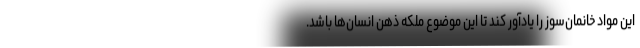
این مواد خانمان‌سوز را یادآور کند تا این موضوع ملکه ذهن انسان‌ها باشد.